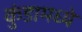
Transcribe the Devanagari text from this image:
कुंडामध्ये